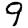
Digit: 9